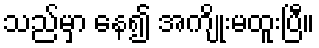
သည်မှာ နေ၍ အကျိုးမထူးပြီ။